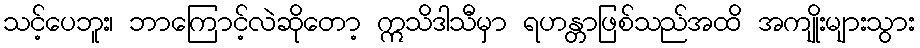
သင့်ပေဘူး၊ ဘာကြောင့်လဲဆိုတော့ ဣသိဒါသီမှာ ရဟန္တာဖြစ်သည်အထိ အကျိုးများသွား